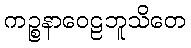
ကဉ္စနာဝေဠဘူသိတေ